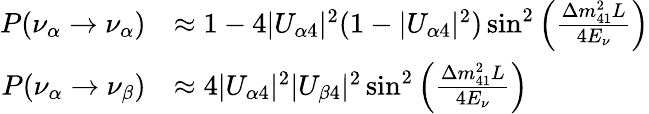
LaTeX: \begin{array}{rl}{P(\nu_{\alpha}\to\nu_{\alpha})}&{\approx 1-4|U_{\alpha 4}|^{2}(1-|U_{\alpha 4}|^{2})\sin^{2}\left(\frac{\Delta m_{41}^{2}L}{4E_{\nu}}\right)}\\ {P(\nu_{\alpha}\to\nu_{\beta})}&{\approx 4|U_{\alpha 4}|^{2}|U_{\beta 4}|^{2}\sin^{2}\left(\frac{\Delta m_{41}^{2}L}{4E_{\nu}}\right)}\end{array}